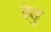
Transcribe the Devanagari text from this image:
हेतुं